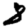
Digit: 8